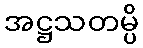
အဋ္ဌသတမ္ပိ